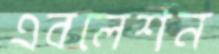
এবলেশন